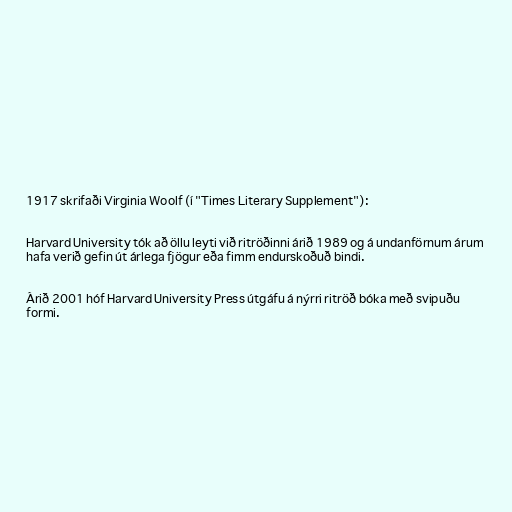
1917 skrifaði Virginia Woolf (í "Times Literary Supplement"):

Harvard University tók að öllu leyti við ritröðinni árið 1989 og á undanförnum árum
hafa verið gefin út árlega fjögur eða fimm endurskoðuð bindi.

Árið 2001 hóf Harvard University Press útgáfu á nýrri ritröð bóka með svipuðu
formi.